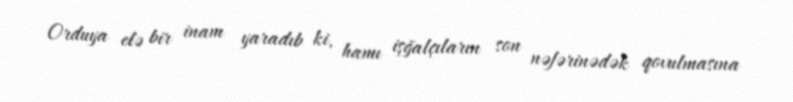
Orduya elə bir inam yaradıb ki, hamı işğalçıların son nəfərinədək qovulmasına